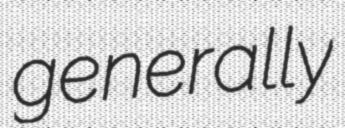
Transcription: generally